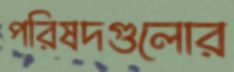
পরিষদগুলোর